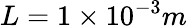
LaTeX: L=1\times 10^{-3}m